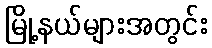
မြို့နယ်များအတွင်း